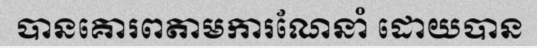
បានគោរពតាមការណែនាំ ដោយបាន